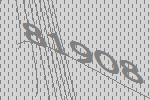
81908